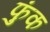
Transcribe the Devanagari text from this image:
फुंक